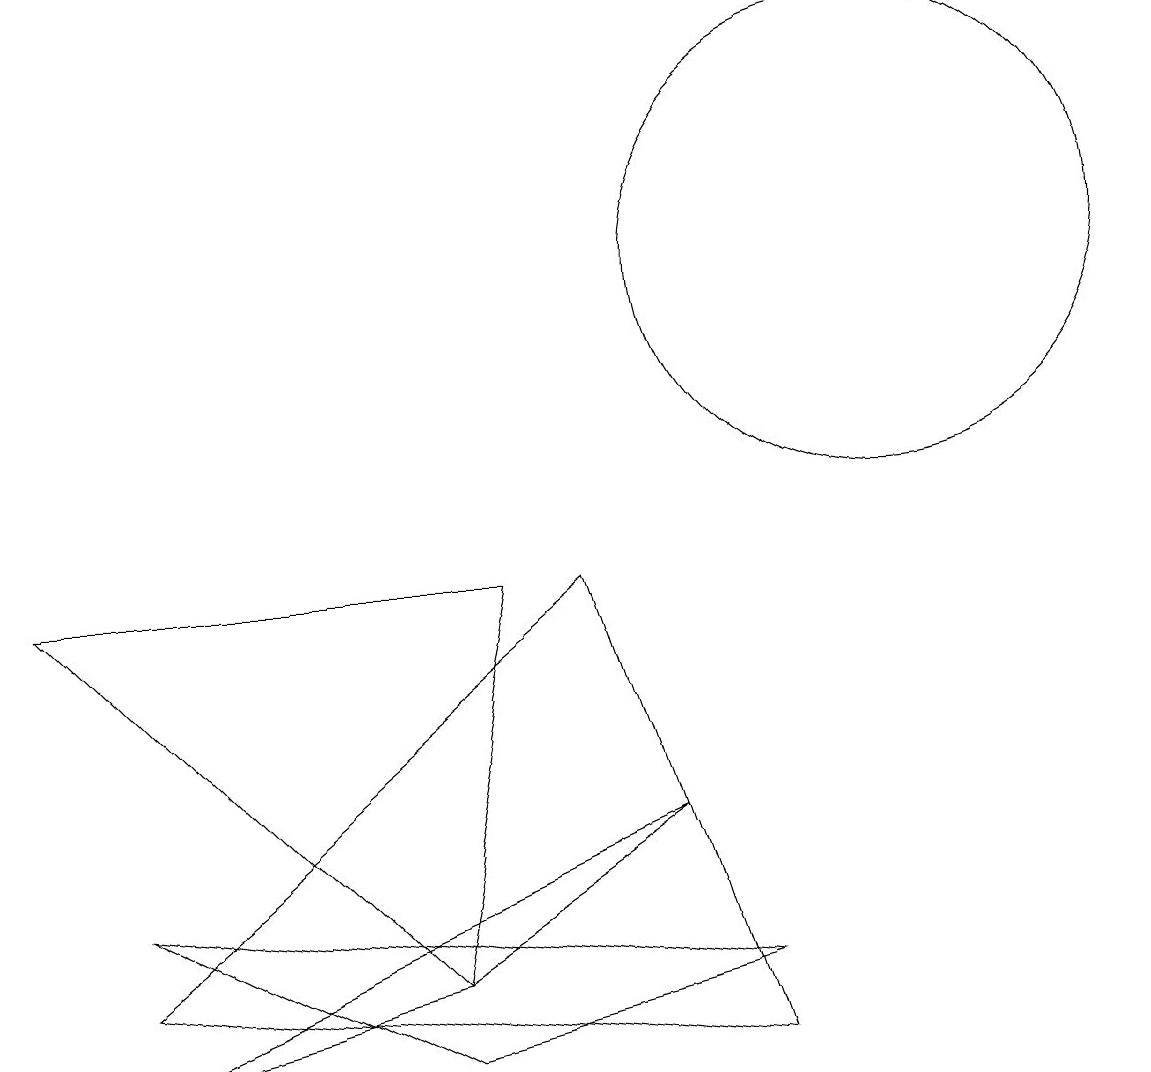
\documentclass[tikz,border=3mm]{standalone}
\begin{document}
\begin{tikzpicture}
\draw (1,0) -- (5,1) -- (8,3) -- cycle;
\draw (1,2) -- (9,1) -- (5,0) -- cycle;
\draw (0,6) -- (6,6) -- (5,1) -- cycle;
\draw (11,10) circle (3);
\draw (1,1) -- (9,0) -- (7,6) -- cycle;
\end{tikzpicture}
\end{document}